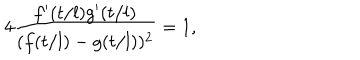
LaTeX: 4 \frac { f ^ { \prime } ( t / l ) g ^ { \prime } ( t / l ) } { ( f ( t / l ) - g ( t / l ) ) ^ { 2 } } = 1 ,